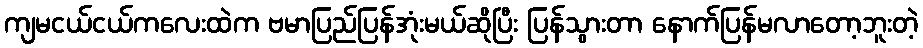
ကျမငယ်ငယ်ကလေးထဲက ဗမာပြည်ပြန်အုံးမယ်ဆိုပြီး ပြန်သွားတာ နောက်ပြန်မလာတော့ဘူးတဲ့